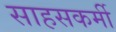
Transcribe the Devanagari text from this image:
साहसकर्मी